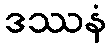
ဒဿနံ